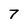
Character: 7